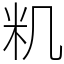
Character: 籶